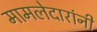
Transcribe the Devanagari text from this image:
मामलेदारांनी